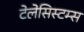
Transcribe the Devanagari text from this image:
टेलेसिस्टम्स